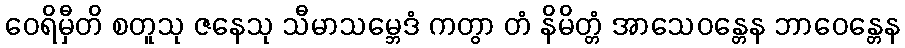
ဝေရိမှီတိ စတူသု ဇနေသု သီမာသမ္ဘေဒံ ကတွာ တံ နိမိတ္တံ အာသေဝန္တေန ဘာဝေန္တေန